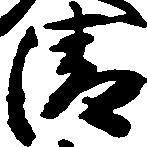
清